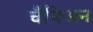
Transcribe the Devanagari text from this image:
चैंपिअन